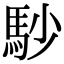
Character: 𩡾